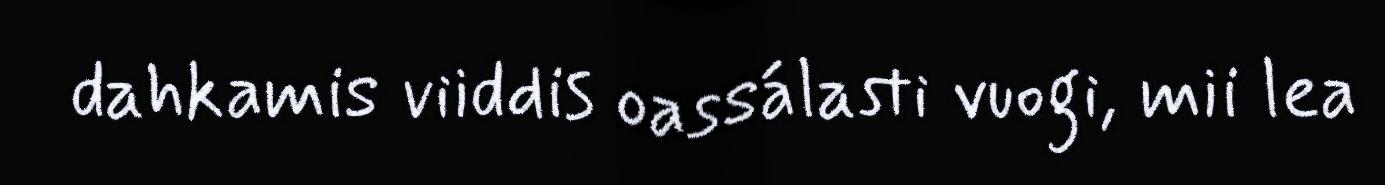
dahkamis viiddis oassálasti vuogi, mii lea